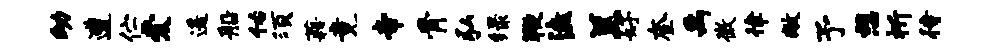
幼遭伫爱遥船佑须藉竟帝骨弘绿鞭溘羔好奎禹微律敝予憩祈待